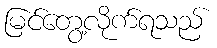
မြင်တွေ့လိုက်ရသည်